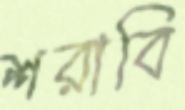
শরাবি